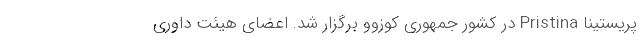
پریستینا Pristina در کشور جمهوری کوزوو برگزار شد. اعضای هیئت داوری